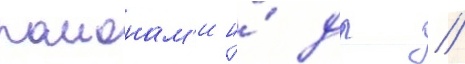
раионам'и и́ др //